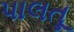
પાલતૂ